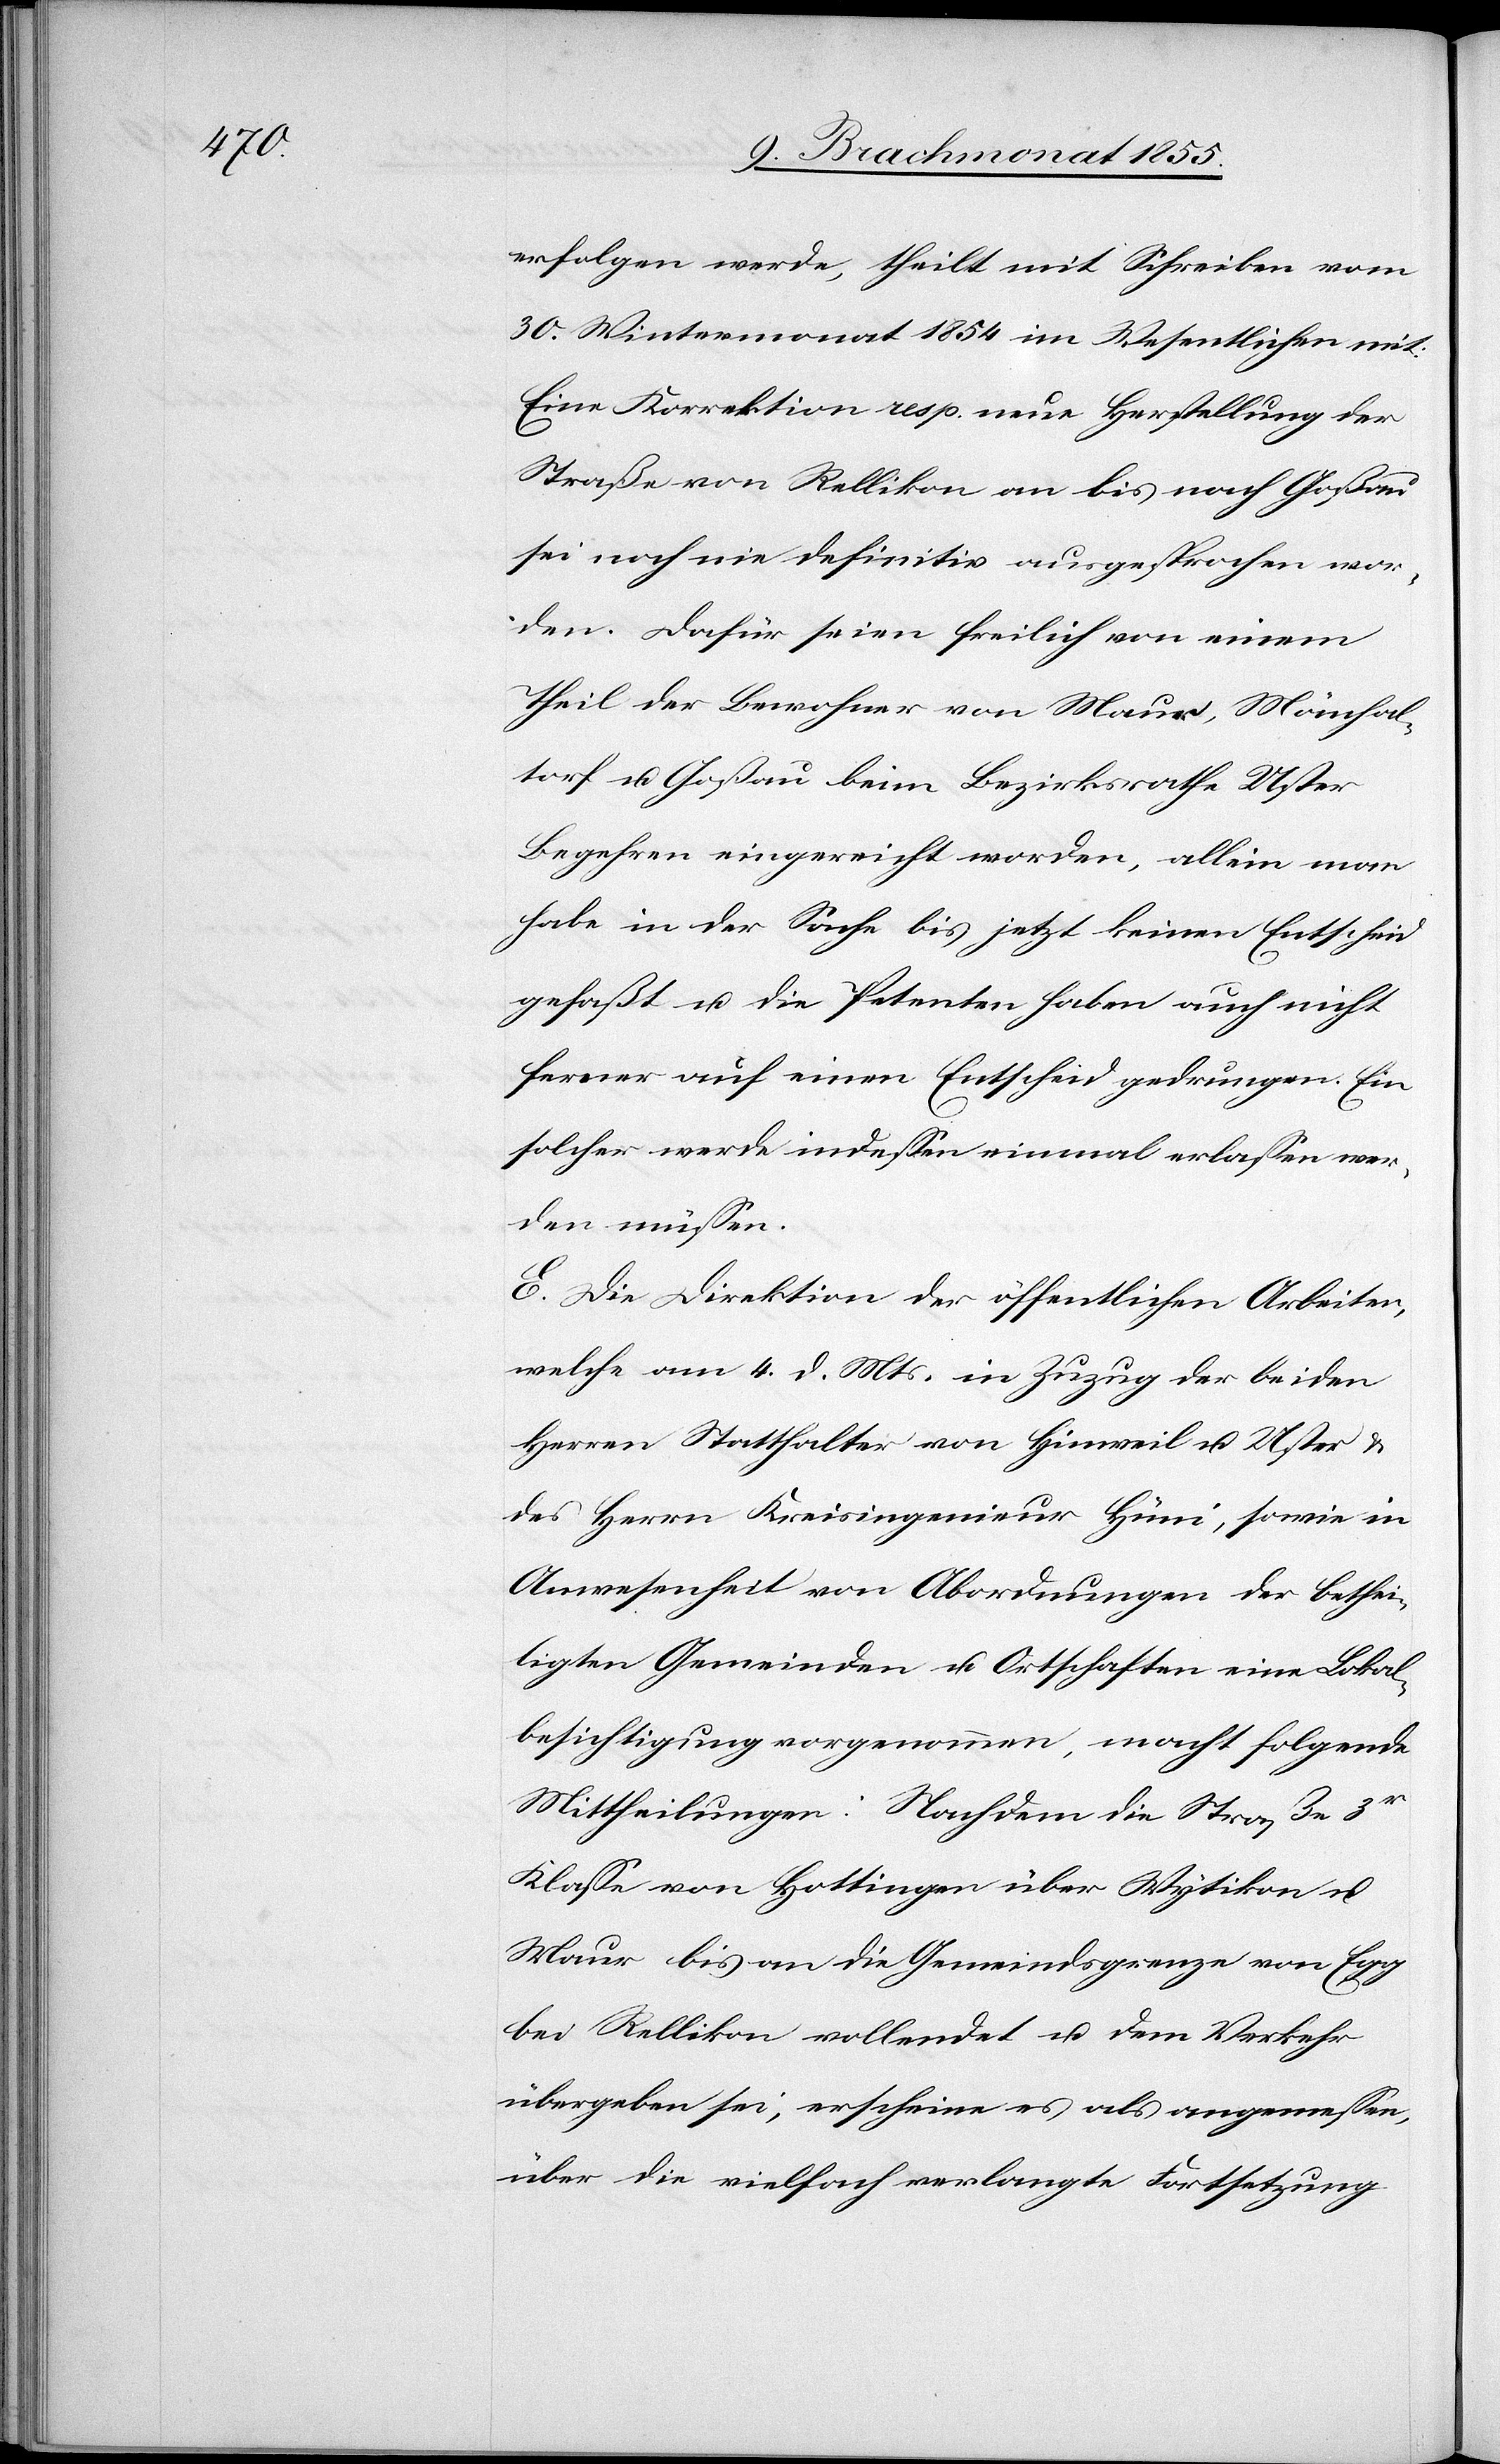
erfolgen werde, theilt mit Schreiben vom
30. Wintermonat 1854 im Wesentlichen mit:
Eine Korrektion resp. neue Herstellung der
Straße von Rellikon an bis nach Goßau
sei noch nie definitiv ausgesprochen wor¬
den. Dafür seien freilich von einem
Theil der Bewohner von Maur, Mönchal¬
torf u. Goßau beim Bezirksrathe Uster
Begehren eingereicht worden, allein man
habe in der Sache bis jetzt keinen Entscheid
gefaßt u. die Petenten haben auch nicht
ferner auf einen Entscheid gedrungen. Ein
solcher werde indessen einmal erlassen wer¬
den müssen.
E. Die Direktion der öffentlichen Arbeiten,
welche am 4. d. Mts. in Zuzug der beiden
Herren Statthalter von Hinweil u. Uster &
des Herrn Kreisingenieur Hüni, sowie in
Anwesenheit von Abordnungen der bethei¬
ligten Gemeinden u. Ortschaften eine Lokal¬
besichtigung vorgenommen, macht folgende
Mittheilungen: Nachdem die Straße 3r
Klasse von Hottingen über Wytikon u.
Maur bis an die Gemeindsgrenze von Egg
bei Rellikon vollendet u. dem Verkehr
übergeben sei, erscheine es als angemessen,
über die vielfach verlangte Fortsetzung